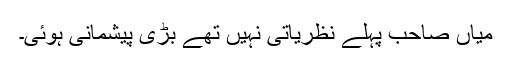
میاں صاحب پہلے نظریاتی نہیں تھے بڑی پیشمانی ہوئی۔